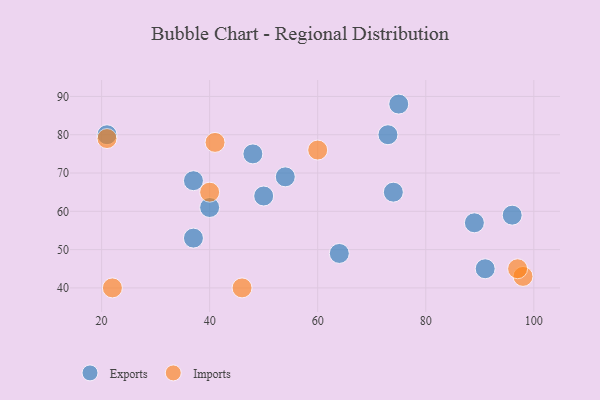
{"axis": {"x": "GDP", "y": "Life Expectancy"}, "legend": ["Exports", "Imports"], "data": [{"x": "21", "y": 80, "type": "Exports"}, {"x": "74", "y": 65, "type": "Exports"}, {"x": "48", "y": 75, "type": "Exports"}, {"x": "75", "y": 88, "type": "Exports"}, {"x": "91", "y": 45, "type": "Exports"}, {"x": "96", "y": 59, "type": "Exports"}, {"x": "37", "y": 68, "type": "Exports"}, {"x": "37", "y": 53, "type": "Exports"}, {"x": "40", "y": 61, "type": "Exports"}, {"x": "89", "y": 57, "type": "Exports"}, {"x": "50", "y": 64, "type": "Exports"}, {"x": "73", "y": 80, "type": "Exports"}, {"x": "64", "y": 49, "type": "Exports"}, {"x": "54", "y": 69, "type": "Exports"}, {"x": "60", "y": 76, "type": "Imports"}, {"x": "21", "y": 79, "type": "Imports"}, {"x": "22", "y": 40, "type": "Imports"}, {"x": "98", "y": 43, "type": "Imports"}, {"x": "40", "y": 65, "type": "Imports"}, {"x": "41", "y": 78, "type": "Imports"}, {"x": "46", "y": 40, "type": "Imports"}, {"x": "97", "y": 45, "type": "Imports"}]}